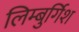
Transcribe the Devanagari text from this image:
लिम्बुर्गिश